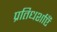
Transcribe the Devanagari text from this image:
प्रतिधर्शाएँ